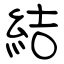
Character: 結